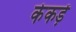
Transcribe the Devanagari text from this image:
केकड़ें